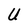
Character: U